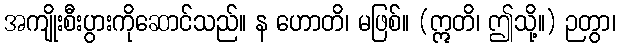
အကျိုးစီးပွားကိုဆောင်သည်။ န ဟောတိ၊ မဖြစ်။ (ဣတိ၊ ဤသို့။) ဉတွာ၊